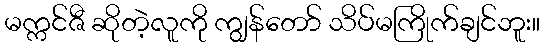
မက္ကင်ဇီ ဆိုတဲ့လူကို ကျွန်တော် သိပ်မကြိုက်ချင်ဘူး။